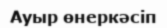
Ауыр өнеркәсіп